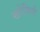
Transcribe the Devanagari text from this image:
खोमिनी